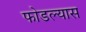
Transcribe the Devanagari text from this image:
फोडल्यास